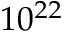
1 0 ^ { 2 2 }